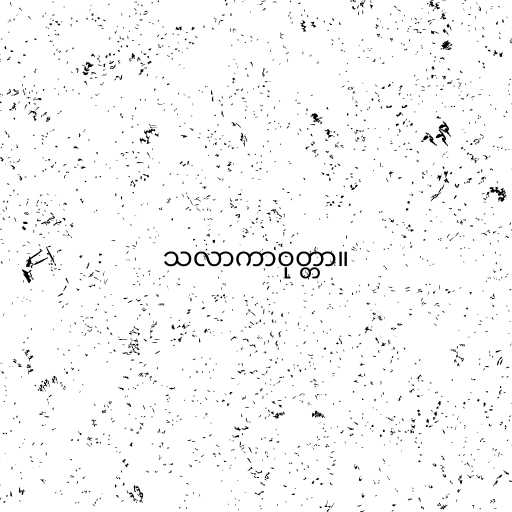
သလာကာဝုတ္တာ။